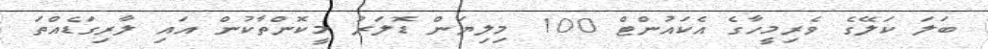
ބަލަ ކަލޭގެ ވެރިމީހާގެ އެކައުންޓް 100 މިލިޔަން ޑޮލަރު މީކޮންތާކުން އައި ލާރިގަޑެއްތަ